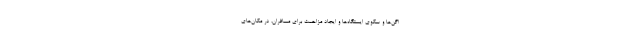
اگن‌ها و سکوی ایستگاه‌ها و ایجاد مزاحمت برای مسافران، در مکان‌های